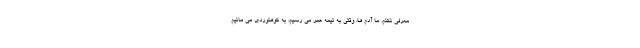
معرفی نکنم. ما آدم ها، وقتی به نیمه عمر می رسیم، به کوهنوردی می مانیم